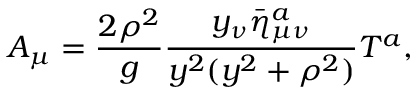
A _ { \mu } = \frac { 2 \rho ^ { 2 } } { g } \frac { y _ { \nu } \bar { \eta } _ { \mu \nu } ^ { a } } { y ^ { 2 } ( y ^ { 2 } + \rho ^ { 2 } ) } T ^ { a } ,